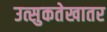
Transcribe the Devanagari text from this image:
उत्सुकतेखातर